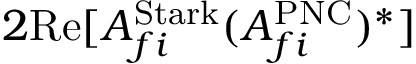
2 \mathrm { R e } [ A _ { f i } ^ { \mathrm { { S t a r k } } } ( A _ { f i } ^ { \mathrm { { P N C } } } ) ^ { * } ]